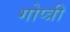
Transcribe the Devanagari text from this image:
गोप्त्री